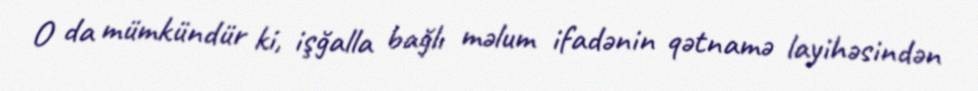
O da mümkündür ki, işğalla bağlı məlum ifadənin qətnamə layihəsindən